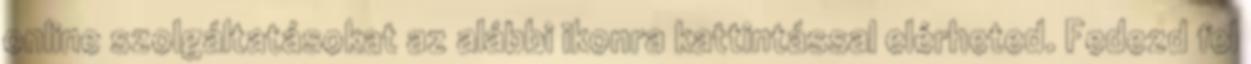
online szolgáltatásokat az alábbi ikonra kattintással elérheted. Fedezd fel